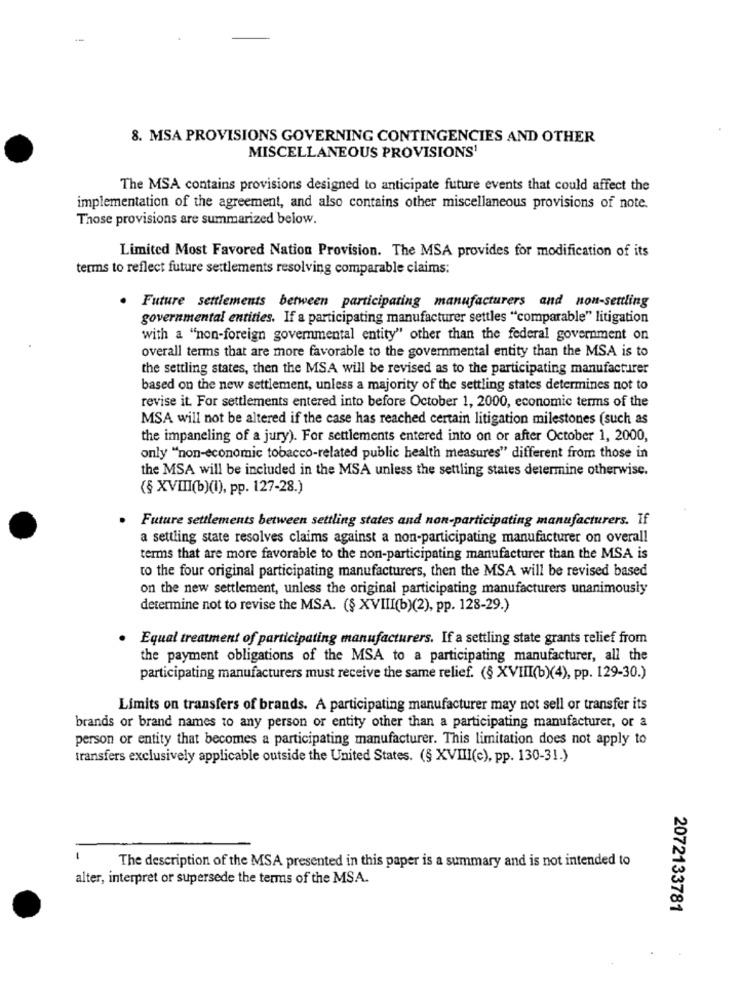
8. MSA PROVISIONS GOVERNING CONTINGENCIES AND OTHER
MISCELLANEOUS PROVISIONS'
The MSA contains provisions designed to anticipate future events that could affect the
implementation of the agreement, and also contains other miscellaneous provisions of note.
Those provisions are summarized below.
Limited Most Favored Nation Provision. The MSA provides for modification of its
terms to reflect future settlements resolving comparable claims:
. Future settlements between participating manufacturers and non-settling
governmental entities. If a participating manufacturer settles "comparable" litigation
with a "non-foreign governmental entity" other than the federal government on
overall terms that are more favorable to the governmental entity than the MSA is to
the settling states, then the MSA will be revised as to the participating manufacturer
based on the new settlement, unless a majority of the settling states determines not to
revise it. For settlements entered into before October 1, 2000, economic terms of the
MSA will not be altered if the case has reached certain litigation milestones (such as
the impaneling of a jury). For settlements entered into on or after October 1, 2000,
only "non-economic tobacco-related public health measures" different from those in
the MSA will be included in the MSA unless the settling states determine otherwise.
(§ XVIII(b)(I), pp. 127-28.)
Future settlements between settling states and non-participating manufacturers. If
a settling state resolves claims against a non-participating manufacturer on overall
terms that are more favorable to the non-participating manufacturer than the MSA is
to the four original participating manufacturers, then the MSA will be revised based
on the new settlement, unless the original participating manufacturers unanimously
determine not to revise the MSA. (§ XVIII(b)(2), pp. 128-29.)
Equal treatment of participating manufacturers. If a settling state grants relief from
the payment obligations of the MSA to a participating manufacturer, all the
participating manufacturers must receive the same relief. (§ XVIII(b)(4), pp. 129-30.)
Limits on transfers of brands. A participating manufacturer may not sell or transfer its
brands or brand names to any person or entity other than a participating manufacturer, or a
person or entity that becomes a participating manufacturer. This limitation does not apply to
transfers exclusively applicable outside the United States. (§ XVIII(c), pp. 130-31.)
The description of the MSA presented in this paper is a summary and is not intended to
alter, interpret or supersede the terms of the MSA.
2072133781